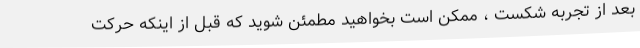
بعد از تجربه شکست ، ممکن است بخواهید مطمئن شوید که قبل از اینکه حرکت